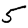
Digit: 5